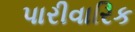
પારીવારિક